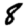
Digit: 8